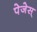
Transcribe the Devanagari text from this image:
पेजेस्